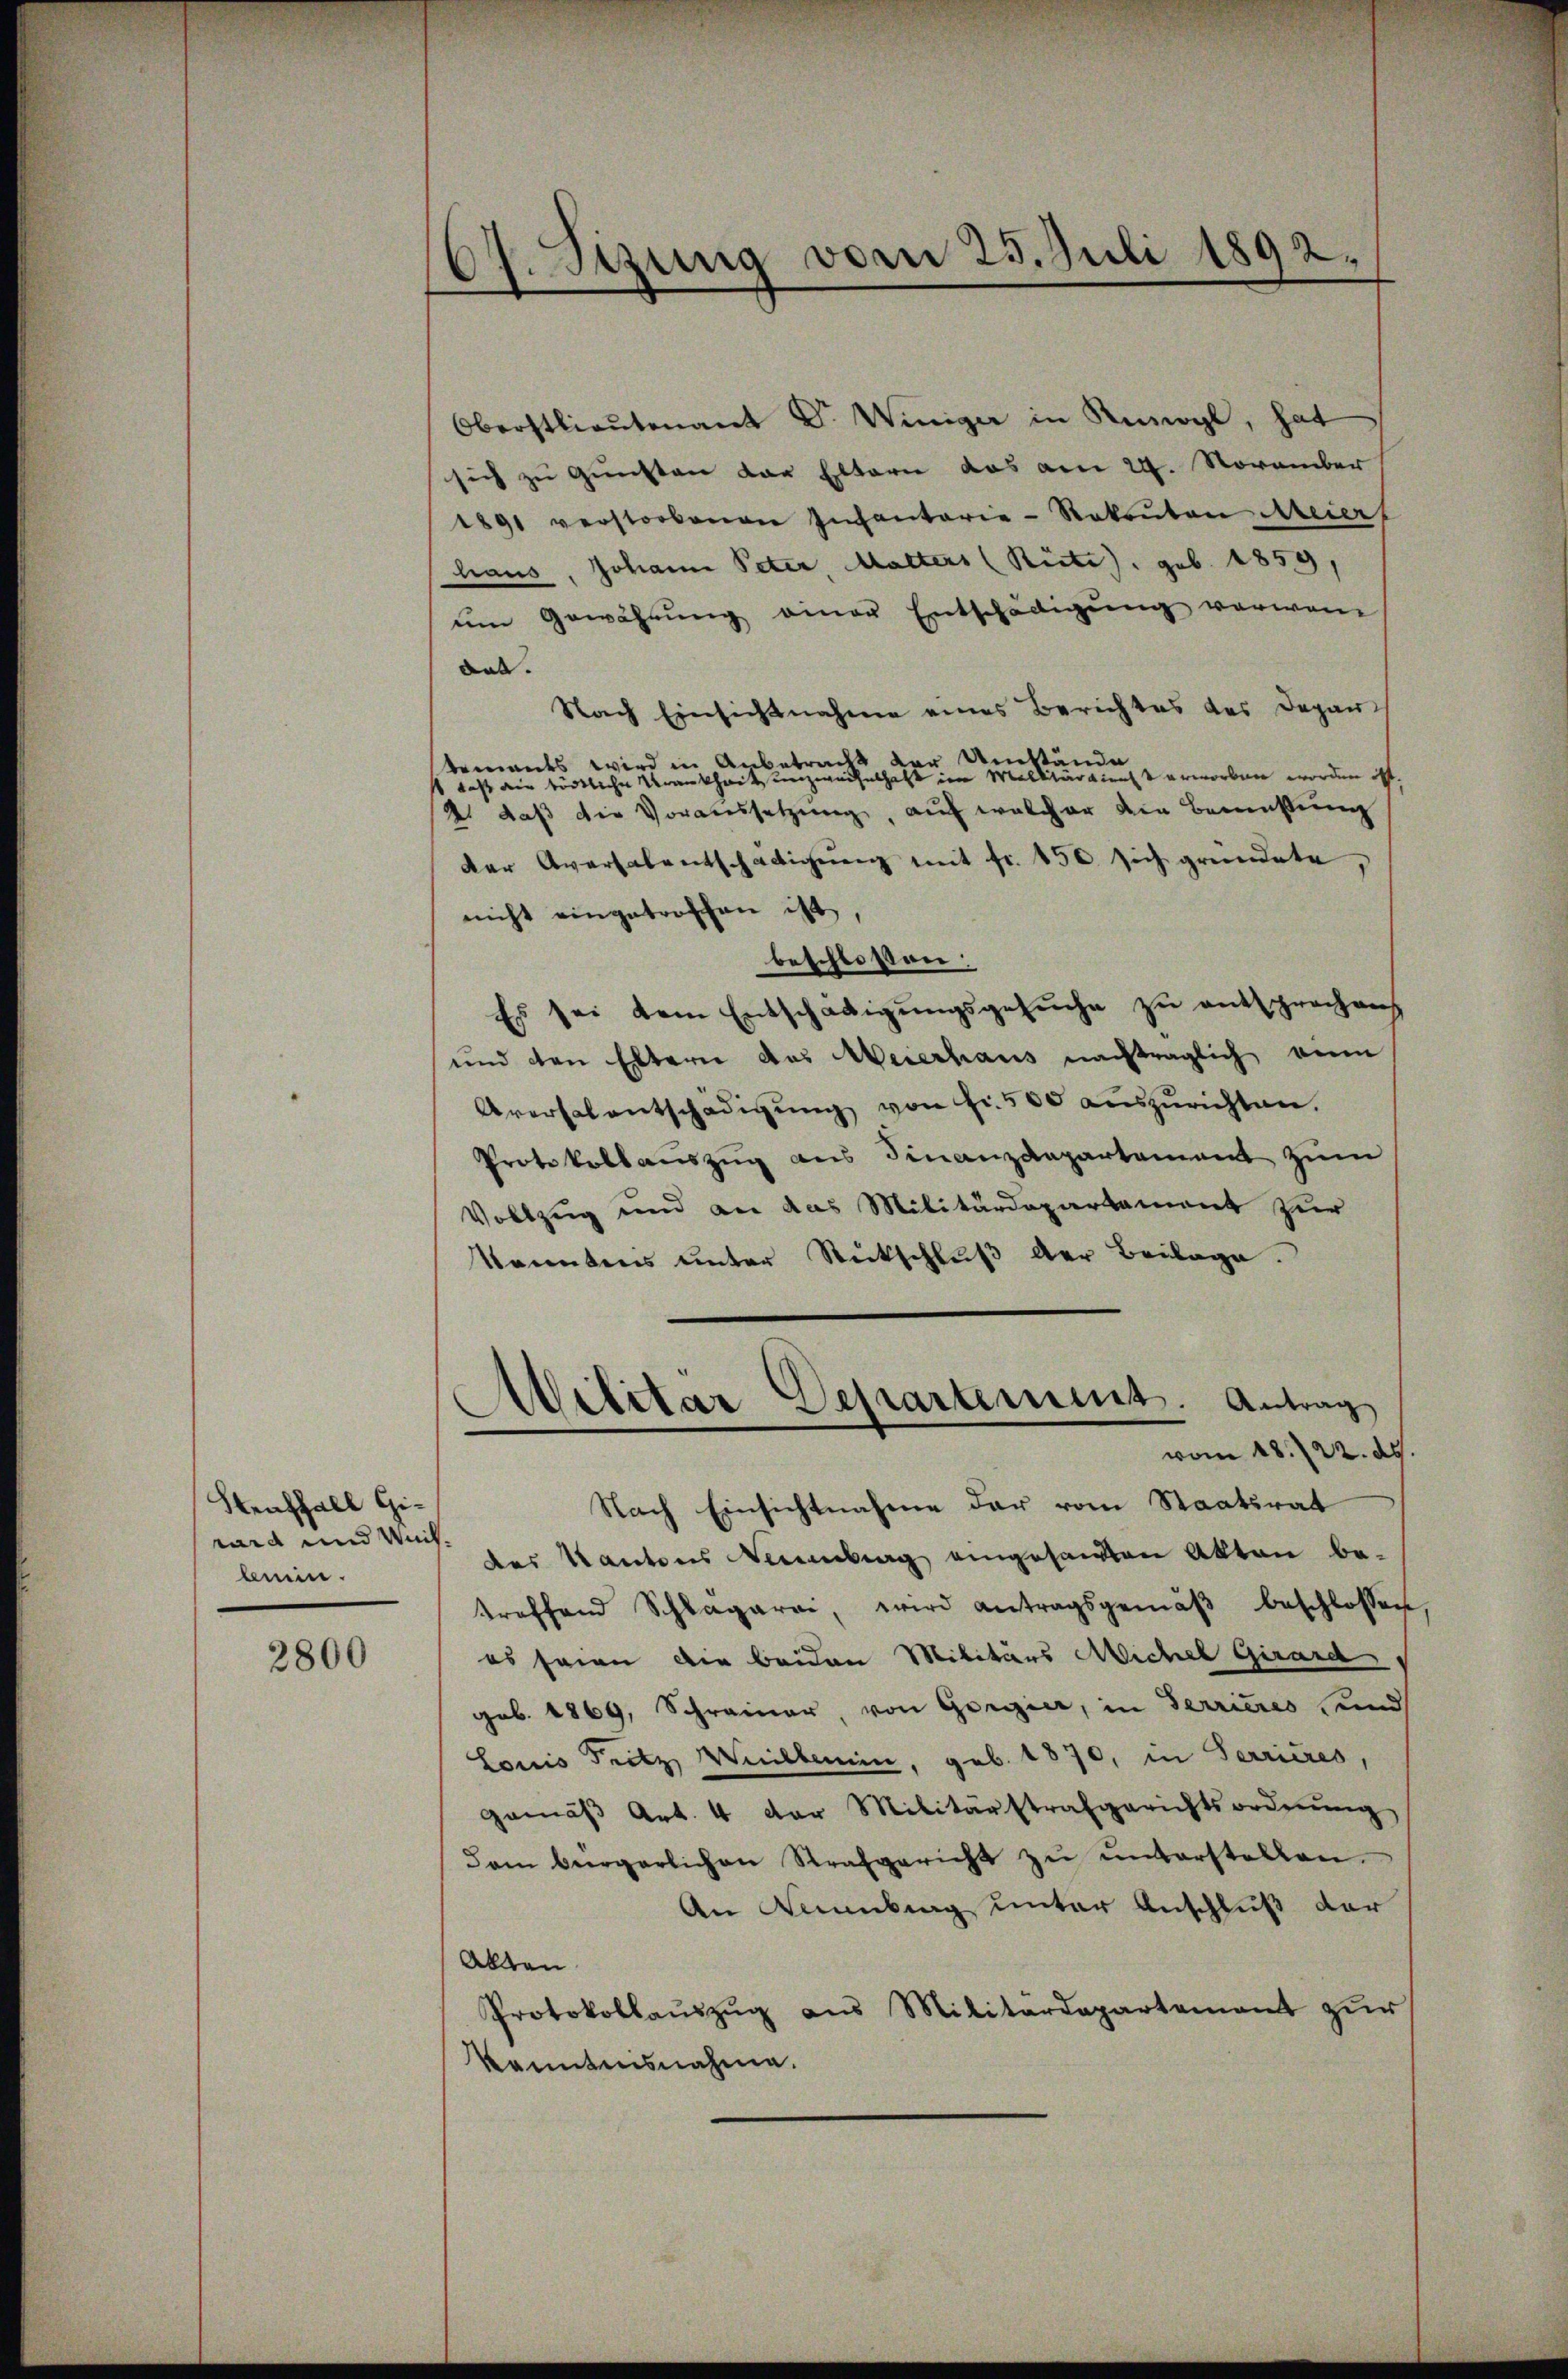
Stenthall Girard und Mitbein.

2800

67. Sizung vom 25. Juli 1892.

Oberstlieutenant Dr. Winiger in Rumogl, hat
sich zu Gunsten der Eltern das am 24. November
1891 verstorbenen Infantarie-Rakanton Meier
haus, Johann Peter, Malters (Rüti, geb. 1859,
ŭm Gewährŭng einer Entschädigŭng verwan
das. |
Nach Einsichtnahme eines Berichtes des Depar
r Umstände
tements wird in Anbetrac
 daß die tödtliche Krankheit unzweifelhaft im Malitärdienst erworben worden ist,
2. daß die Voraussetzung, auf welcher den Bemühung
der Aversalentschädigŭng mit fr. 150. sich gründete,
nicht eingetroffen ist,
beschloßen:
Es sei dem Entschädigungsgesuche zu entsprochenh
und den Eltern das Weierhaus nachträglich von
Aversalentschädigŭng von Fr. 500 auszurichten.
Protokollauszug aus Finanzdepartement zum
Vollzug und an das Militärdepartament zur
kanntens unter Rückschluß der Beilage.
vom 18. 22. ds.
Nach Einsichtnahme der vom Staatsrat
des Kantons Neuenburg eingesandten Akten be-
treffend Schlagaran, wird antragsgemäβ beschlossen
es seien die beiden Militärs Michel Girard
geb. 1869, Schreiner von Gorgier, in Terrieres und
Louis Fritz Willemin, geb. 1870, in Terrieres,
gemäβ Art. 4 der Militärstrafgerichtsordnŭng
dam beergerlichen Strafgericht zŭ ŭnterstellen.
An Weinberg unter Anschluß der
Alten.
Protokollaŭszŭg aŭs Militärdepartement zŭr
kanntnisnahme.

Militar Departement. Antrag